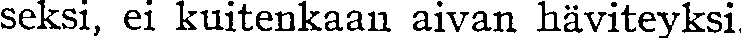
seksi, ei kuitenkaan aivan häviteyksi